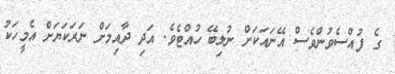
ގެ ފުއްސެވުންވެސް އޭނައަކަށް ނުލިބޭ ހުއްޓެވެ. އަދި ދާއިމަށް ނަރަކަޔަށް އެމީހަކު